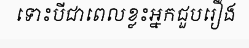
ទោះបីជាពេលខ្លះអ្នកជួបរឿង